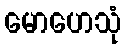
မောဟေသုံ